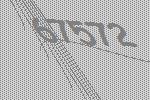
67572